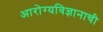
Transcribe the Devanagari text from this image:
आरोग्यविज्ञानाची